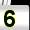
Digit: 5